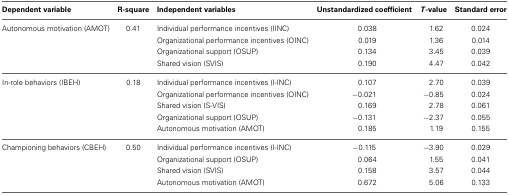
<table><thead><tr><td><b>Dependent variable</b></td><td><b>R-square</b></td><td><b>Independent variables</b></td><td><b>Unstandardized coefficient</b></td><td><b><i>T</i>-value</b></td><td><b>Standard error</b></td></tr></thead><tbody><tr><td>Autonomous motivation (AMOT)</td><td>0.41</td><td>Individual performance incentives (IINC)</td><td>0.038</td><td>1.62</td><td>0.024</td></tr><tr><td></td><td></td><td>Organizational performance incentives (OINC)</td><td>0.019</td><td>1.36</td><td>0.014</td></tr><tr><td></td><td></td><td>Organizational support (OSUP)</td><td>0.134</td><td>3.45</td><td>0.039</td></tr><tr><td></td><td></td><td>Shared vision (SVIS)</td><td>0.190</td><td>4.47</td><td>0.042</td></tr><tr><td>In-role behaviors (IBEH)</td><td>0.18</td><td>Individual performance incentives (I-INC)</td><td>0.107</td><td>2.70</td><td>0.039</td></tr><tr><td></td><td></td><td>Organizational performance incentives (OINC)</td><td>−0.021</td><td>−0.85</td><td>0.024</td></tr><tr><td></td><td></td><td>Shared vision (S-VIS)</td><td>0.169</td><td>2.78</td><td>0.061</td></tr><tr><td></td><td></td><td>Organizational support (OSUP)</td><td>−0.131</td><td>−2.37</td><td>0.055</td></tr><tr><td></td><td></td><td>Autonomous motivation (AMOT)</td><td>0.185</td><td>1.19</td><td>0.155</td></tr><tr><td>Championing behaviors (CBEH)</td><td>0.50</td><td>Individual performance incentives (I-INC)</td><td>−0.115</td><td>−3.90</td><td>0.029</td></tr><tr><td></td><td></td><td>Organizational support (OSUP)</td><td>0.064</td><td>1.55</td><td>0.041</td></tr><tr><td></td><td></td><td>Shared vision (SVIS)</td><td>0.158</td><td>3.57</td><td>0.044</td></tr><tr><td></td><td></td><td>Autonomous motivation (AMOT)</td><td>0.672</td><td>5.06</td><td>0.133</td></tr></tbody></table>